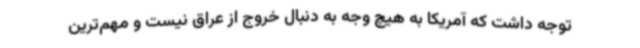
توجه داشت که آمریکا به هیچ وجه به دنبال خروج از عراق نیست و مهم‌ترین